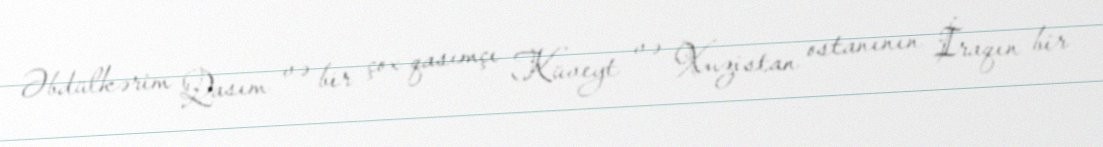
Əbdülkərim Qasım və bir çox qasımçı Küveyt və Xuzistan ostanının İraqın bir